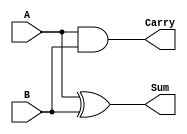
//Experiment 5

module HalfAdder
(
    input A, B, 
    output Sum, Carry
);
    and(Carry,A,B);
    xor(Sum,A,B);
endmodule

module FullAdder
(
    input a,b,cIn, 
    output sum,cOut
);
    wire xor1,and1,and2;

    xor(xor1,a,b);
    xor(sum,xor1,cIn);
    and(and2,a,b);
    and(and1,xor1,cIn);
    or(cOut,and1,and2);
endmodule

module HalfSubtractor
(
    input A,B, 
    output hsub,hbOut
);
    wire not1;

    xor(hsub,A,B);
    not(not1,A);
    and(hbOut,B,not1);
endmodule

module FullSubtractor
(
    input a,b,bIn,
    output fsub,fbOut
);
    wire not1,xor1,and1,not2,and2;

    not(not1,a);
    xor(xor1,a,b);
    and(and1,not1,b);
    not(not2,xor1);
    and(and2,not2,bIn);
    xor(fsub,xor1,bIn);
    or(fbOut,and2,and1);
endmodule

module LabExp5TestBench;
    reg a,b,cIn,bIn;
    wire sum,carry,
         fullsum,cOut,
         hsub,hbOut,
         fsub,fbOut
    ;

    HalfAdder HFADD(a,b,sum,carry);
    FullAdder FLADD(a,b,cIn,fullsum,cOut);
    HalfSubtractor HFSUB(a,b,hsub,hbOut);
    FullSubtractor FFSUB(a,b,bIn,fsub,fbOut);

    initial
        begin
            $dumpfile("LabExp5.vcd");
	        $dumpvars(-1, HFADD,FLADD,HFSUB,FFSUB);
	        $display (" ");
        end

    initial begin
       
        #1 $display("Simulating Half Adder");
	 #1 a=0; b=0;
           $monitor("A=%b, B=%b, Sum=%b, Carry=%b", a,b,sum,carry);
        #1 a=0; b=1;
        #1 a=1; b=0;
        #1 a=1; b=1;
        #1 $display (" ");
        
        #1 $display("Simulating Full Adder");
	#1 a=0; b=0; cIn=0;
           $monitor("A=%b, B=%b, cIn=%b, Sum=%b, Carry=%b",a,b,cIn,fullsum,cOut);
        #1 a=0; b=0; cIn=1;
        #1 a=0; b=1; cIn=0;
        #1 a=0; b=1; cIn=1;
        #1 a=1; b=0; cIn=0;
        #1 a=1; b=0; cIn=1;
        #1 a=1; b=1; cIn=0;
        #1 a=1; b=1; cIn=1;
	#1 $display (" ");

        
        #1 $display("Simulating Half Subtractor");
	#1 a=0; b=0; 
           $monitor("A=%b, B=%b, Diff=%b, Borrow=%b",a,b,hsub,hbOut);
        #1 a=0; b=1; 
        #1 a=1; b=0; 
        #1 a=1; b=1; 
	#1 $display (" ");

        
        #1 $display("Simulating Full Subtractor");
	#1 a=0; b=0; bIn=0;
           $monitor("A=%b, B=%b, bIn=%b, Diff=%b, Borrow=%b", a,b,bIn,fsub,fbOut);
        #1 a=0; b=0; bIn=1;
        #1 a=0; b=1; bIn=0;
        #1 a=0; b=1; bIn=1;
        #1 a=1; b=0; bIn=0;
        #1 a=1; b=0; bIn=1;
        #1 a=1; b=1; bIn=0;
        #1 a=1; b=1; bIn=1;

        #1 $finish;  
    end
endmodule